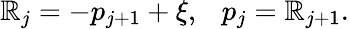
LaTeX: \mathbb{R}_{j}=-p_{j+1}+\xi,~~~p_{j}=\mathbb{R}_{j+1}.